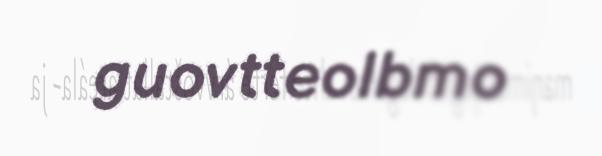
guovtteolbmo